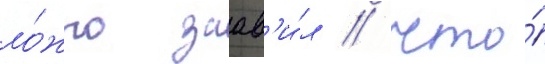
ло́жно заав'и́л / что́